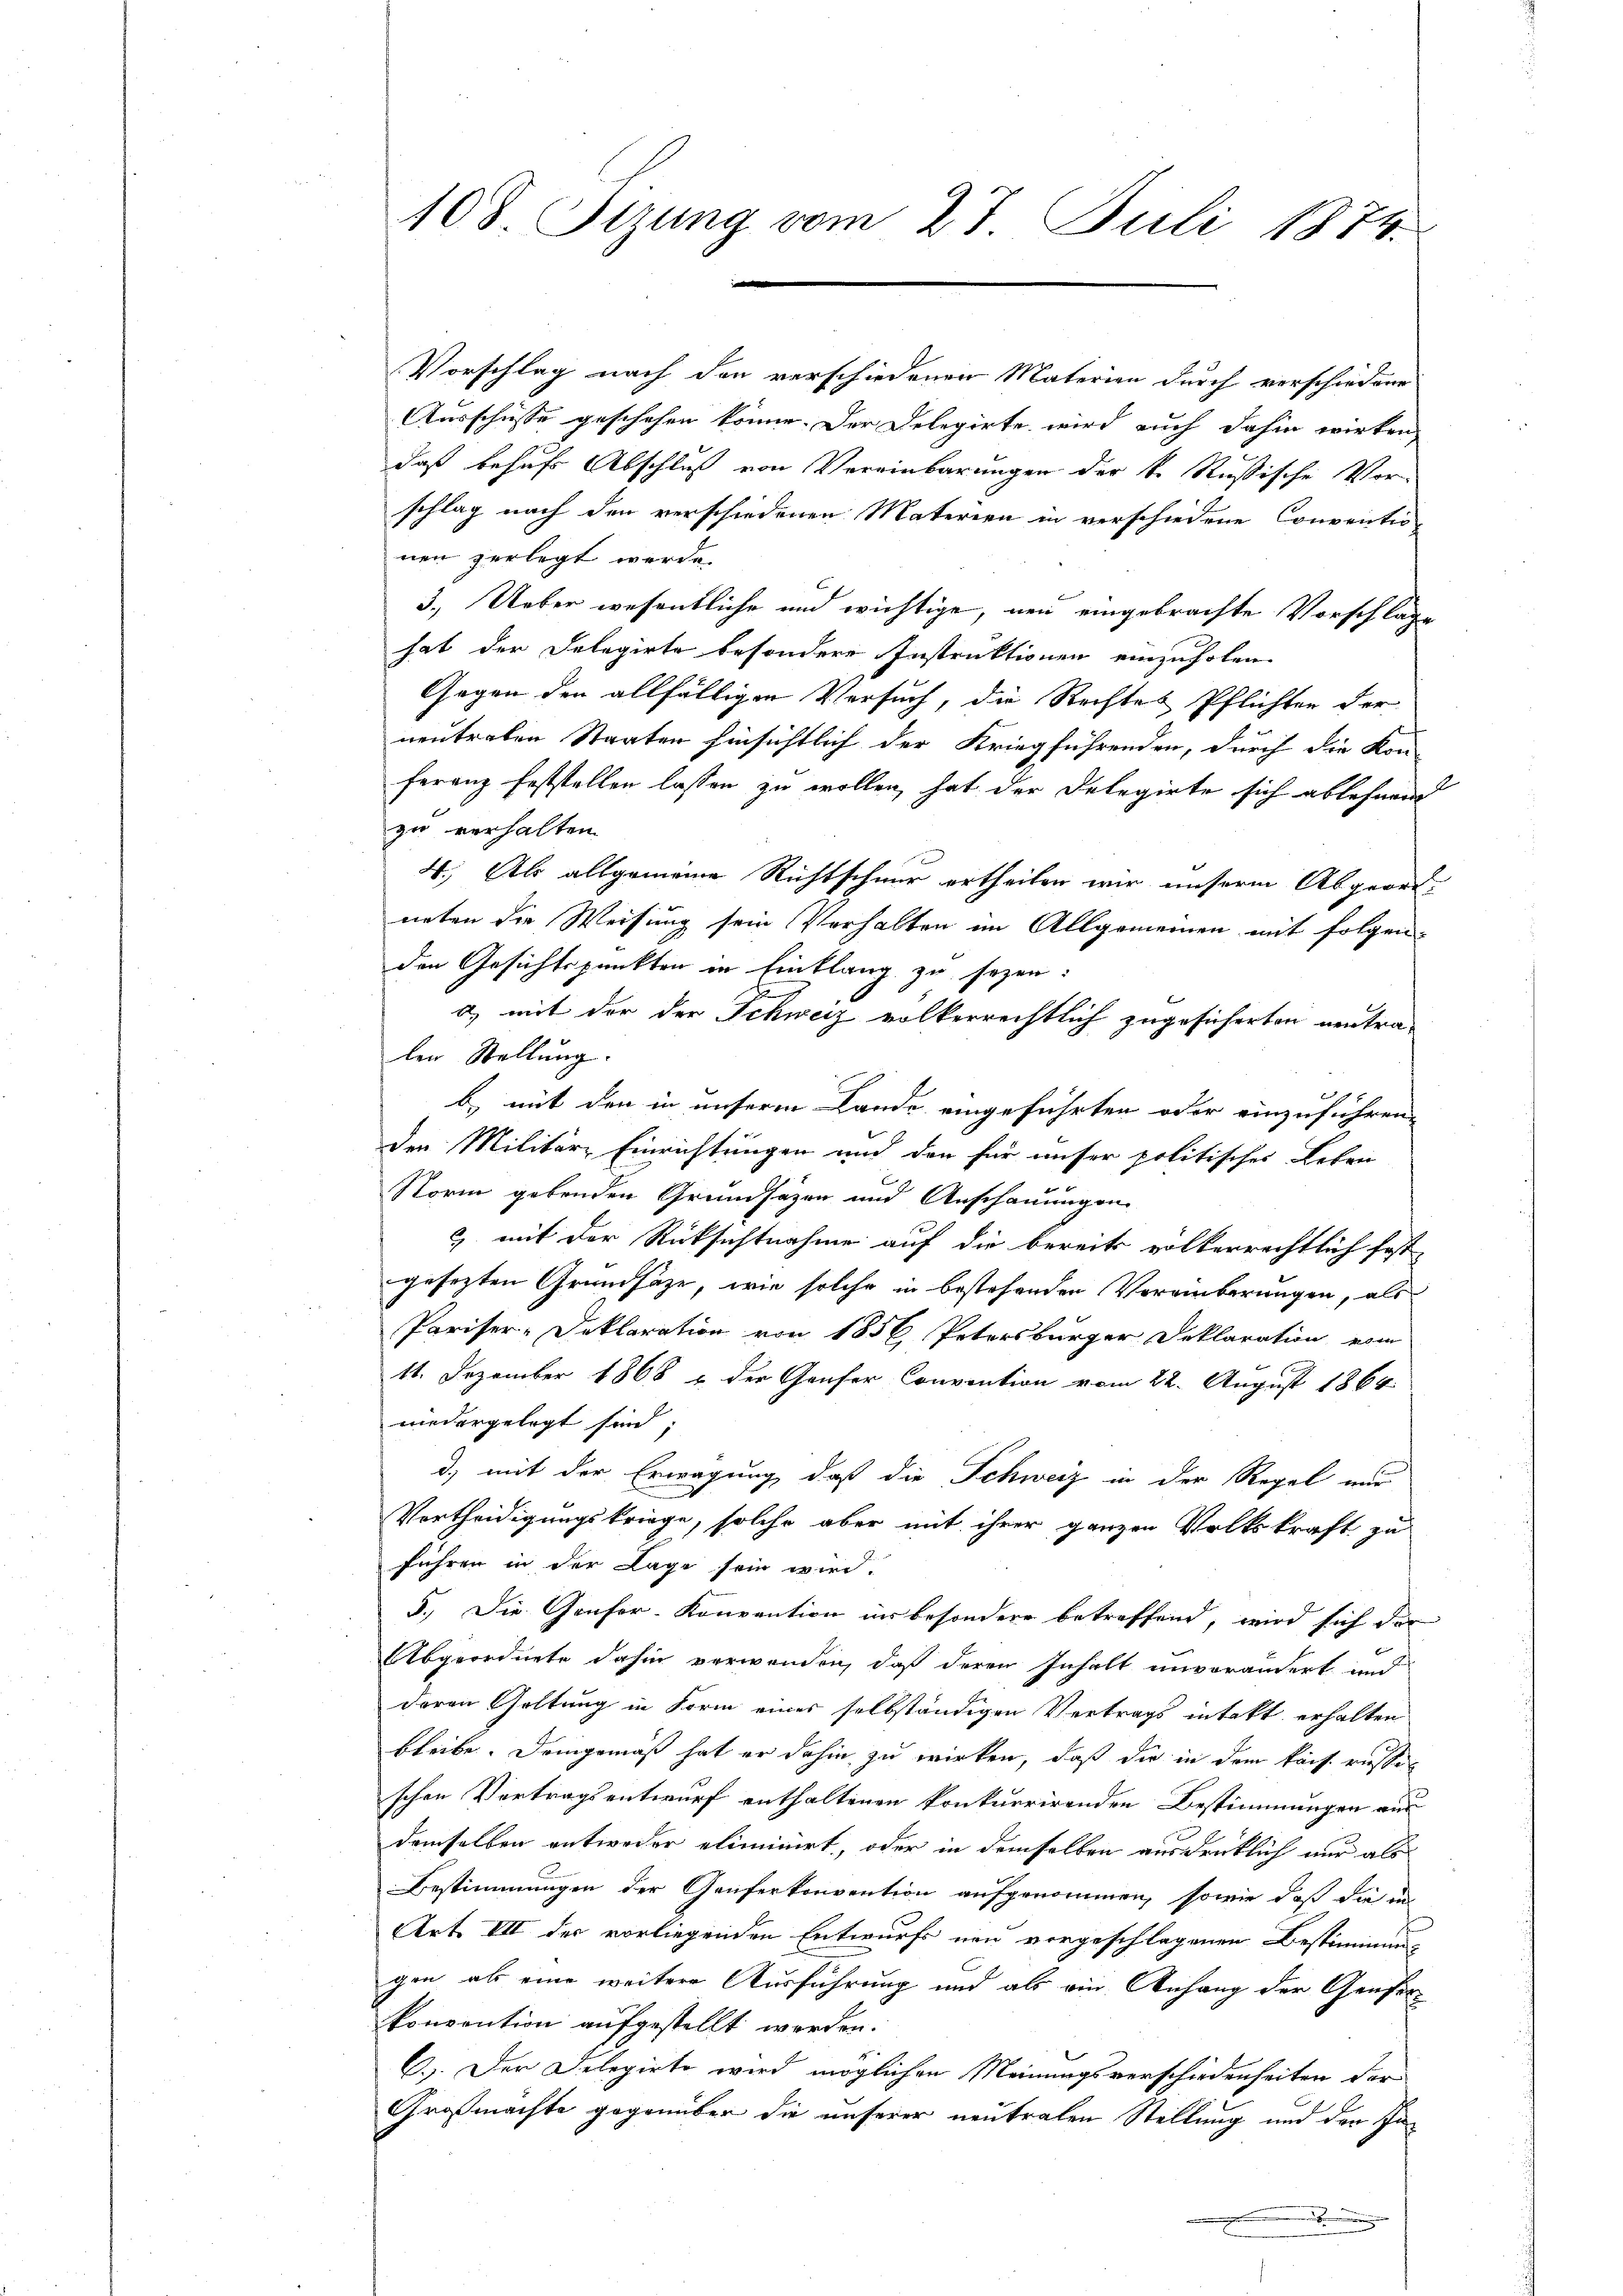
108 Tizung vom 27. Juli 1874.

Vorschlag nach den verschiedenen Materien durch verschiedene
Ausschüsse geschehen könne. Der Delegirte wird auch dahin wirken,
daß behufs Abschluß von Vereinbarungen der k. Rußische Vorschlag nach den verschiedenen Materien in verschiedene Conventio
nen zerlegt werde.
3.) Ueber wesentliche und wichtige, neu eingebrachte Vorschläge
hat der Delegirte besondere Instruktionen einzuholen.
Gegen den allfälligen Versuch, die Rechtes Pflichten der
neutraben Staaten hinsichtlich der Kriegführenden, durch die Kon-
feranz feststellen lassen zu wollen, hat der Delegirte sich ablehnend
zu verhalten.
4.) Als allgemeine Richtschnur ertheilen wir unserem Abgeord-
neten die Weisung sein Verhalten im Allgemeinen mit folgen-
den Gesichtspunkten in Einklang zu sezen:
a) mit der der Schweiz volkerrechtlich zugesicherten neutra-
len Stellung.
b) mit den in unseren Lande eingeführten oder einzuführen-
den Militär- Einrichtungen und den für unser politisches Leben
Norm gebenden Grundsätzen und Anschauungen
c) mit der Rücksichtnahme auf die bereits volkerrechtlich fest-
gesezten Grundsätze, wie solche in bestehenden Vereinberungen, als
Pariser-Deklaration von 1856 Petersburger Deklaration vom
11. Dezember 1868 u. der Genfer Convention vom 22. August 1864
niedergelegt sind;
d) mit der Erwägung, daß die Schweiz in der Regel nur
Vertheidigungskriege, solche aber mit ihrer ganzen Volkskraft zu
führen in der Lage sein wird.
5.) Die Genfer-Konvention ins besondere betreffend, wird sich der
Abgeordnete dahin verwenden, daß deren Inhalt unverändert und
deren Geltung in Form eines selbständigen Vertrags intakt erhalten
bleibe. Demgemäß hat er dahin zu wirken, daß die in dem kais. riesseschen Vertragsentwurf enthaltenen konkurrirenden Bestimmungen aus
demselben entweder eliminirt, oder in demselben ausdrüklich nur als
Bestimmungen der Genferkonvention aufgenommen, sowie daß die in
Art. III der vorliegenden Entwurfs neu vorgeschlagenen Bestimmung
gen als eine weitere Ausführung und als ein Anfang der Gener
konvention aufgestellt werden.
C.) Der Delegirte wird möglichen Meinungsverschiedenheiten der
Großmachte gegenüber die unserer neutralen Stellung und der In¬
.